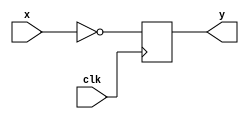
  `timescale 1ns/100ps
  module posedge_trig_toggle(input x, input clk, output reg y);
    always @(posedge clk) begin
      y = ~x;
    end
  endmodule